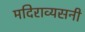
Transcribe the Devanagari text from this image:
मदिराव्यसनी